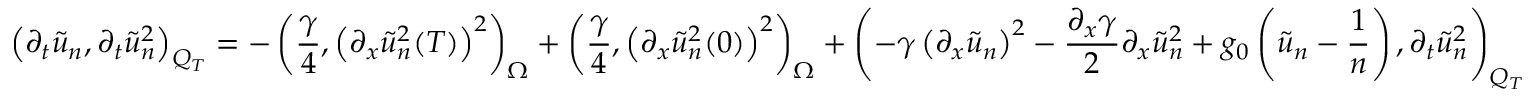
\left( \partial _ { t } \tilde { u } _ { n } , \partial _ { t } \tilde { u } _ { n } ^ { 2 } \right) _ { Q _ { T } } = - \left( \frac { \gamma } { 4 } , \left( \partial _ { x } \tilde { u } _ { n } ^ { 2 } ( T ) \right) ^ { 2 } \right) _ { \Omega } + \left( \frac { \gamma } { 4 } , \left( \partial _ { x } \tilde { u } _ { n } ^ { 2 } ( 0 ) \right) ^ { 2 } \right) _ { \Omega } + \left( - \gamma \left( \partial _ { x } \tilde { u } _ { n } \right) ^ { 2 } - \frac { \partial _ { x } \gamma } { 2 } \partial _ { x } \tilde { u } _ { n } ^ { 2 } + g _ { 0 } \left( \tilde { u } _ { n } - \frac { 1 } { n } \right) , \partial _ { t } \tilde { u } _ { n } ^ { 2 } \right) _ { Q _ { T } }